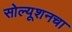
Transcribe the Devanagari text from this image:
सोल्यूशनचा